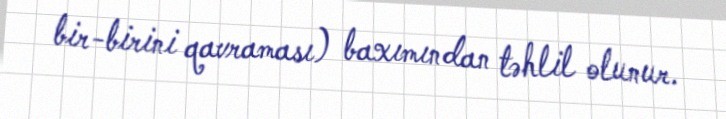
bir-birini qavraması) baxımından təhlil olunur.